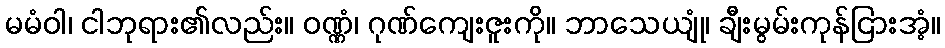
မမံဝါ၊ ငါဘုရား၏လည်း။ ဝဏ္ဏံ၊ ဂုဏ်ကျေးဇူးကို။ ဘာသေယျုံ၊ ချီးမွမ်းကုန်ငြားအံ့။